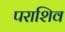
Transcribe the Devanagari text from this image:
पराशिव